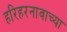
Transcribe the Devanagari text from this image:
हरिहरनावाच्या